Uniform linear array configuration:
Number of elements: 12
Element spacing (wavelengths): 0.75
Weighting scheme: kaiser
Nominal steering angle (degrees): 30
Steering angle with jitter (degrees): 31.997
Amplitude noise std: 0.05
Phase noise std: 0.05

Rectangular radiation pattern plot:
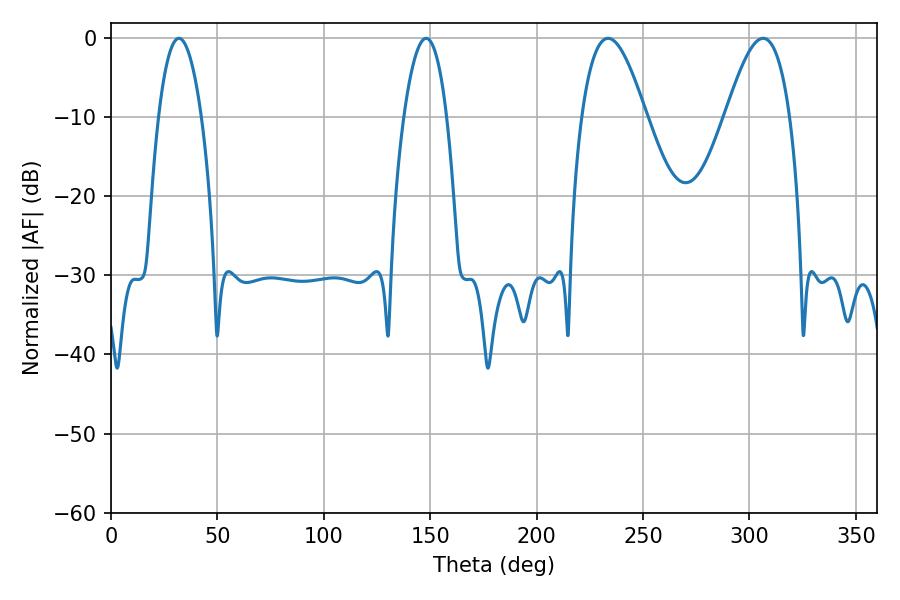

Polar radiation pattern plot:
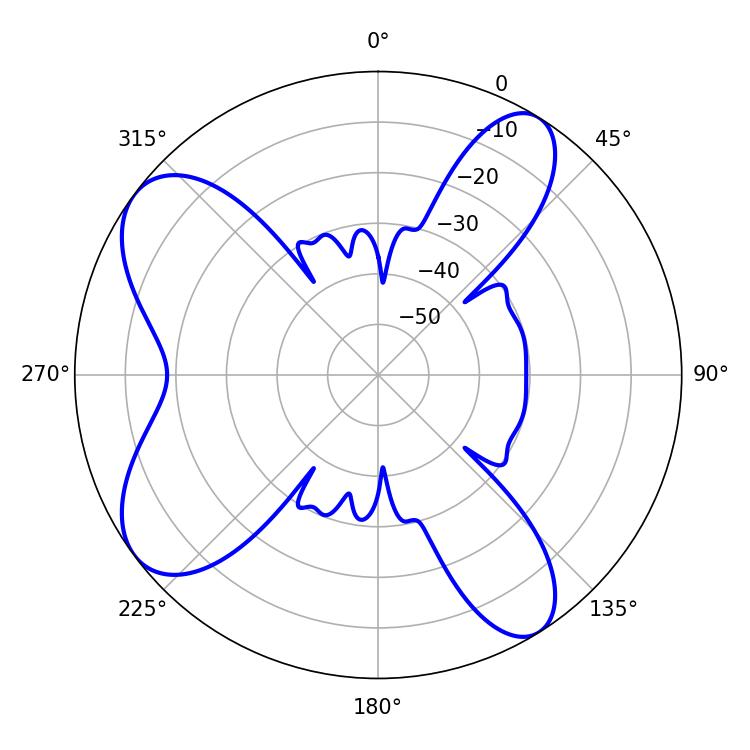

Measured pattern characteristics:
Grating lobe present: TRUE
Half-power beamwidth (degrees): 16.38
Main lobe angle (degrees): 233.64